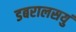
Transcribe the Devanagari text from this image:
डबरालसयुं